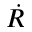
\dot { R }